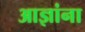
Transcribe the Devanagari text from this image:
आज्ञांना